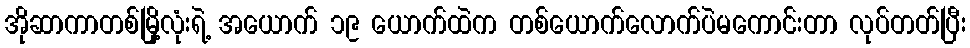
အိုဆာကာတစ်မြို့လုံးရဲ့ အယောက် ၁၉ ယောက်ထဲက တစ်ယောက်လောက်ပဲမကောင်းတာ လုပ်တတ်ပြီး